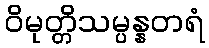
ဝိမုတ္တိသမ္ပန္နတရံ